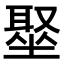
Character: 𫮣